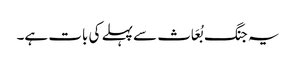
یہ جنگ بُعَاث سے پہلے کی بات ہے۔